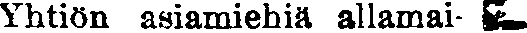
Yhtiön asiamiehiä allamai- #